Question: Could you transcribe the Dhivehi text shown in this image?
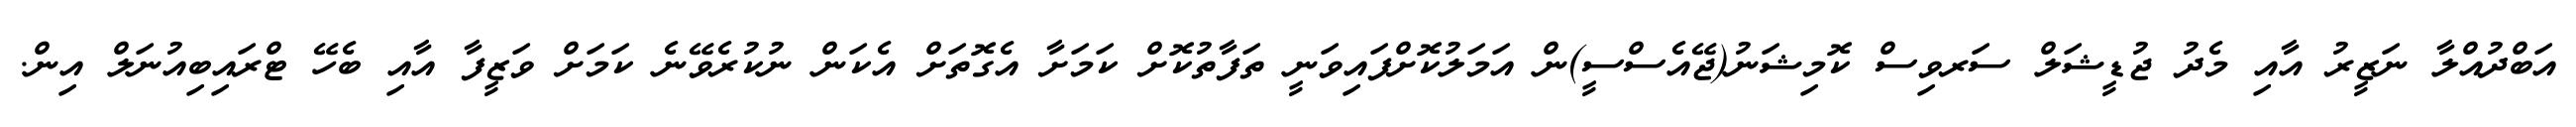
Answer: އަބްދުއްލާ ނަޒީރު އާއި މެދު ޖުޑީޝަލް ސަރވިސް ކޮމިޝަނު(ޖޭއެސްސީ)ން އަމަލުކޮށްފައިވަނީ ތަފާތުކޮށް ކަމަށާ އެގޮތަށް އެކަން ނުކުރެވޭނެ ކަމަށް ވަޒީފާ އާއި ބެހޭ ޓްރައިބިއުނަލް އިން.